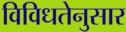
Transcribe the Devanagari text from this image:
विविधतेनुसार